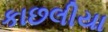
કાછલીયા